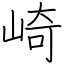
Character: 崎